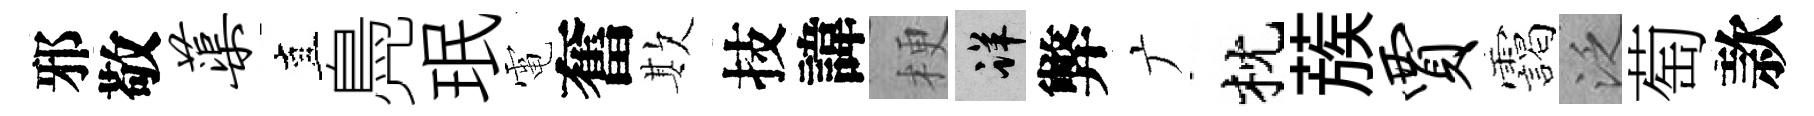
邪敬蕖直鳧珉電奮欺技諱梗详弊广枕蔟贾靄泛萄款